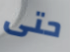
حتى